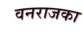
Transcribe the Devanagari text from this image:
वनराजका